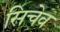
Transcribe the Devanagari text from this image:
सिचेव